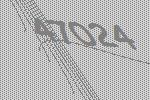
47024